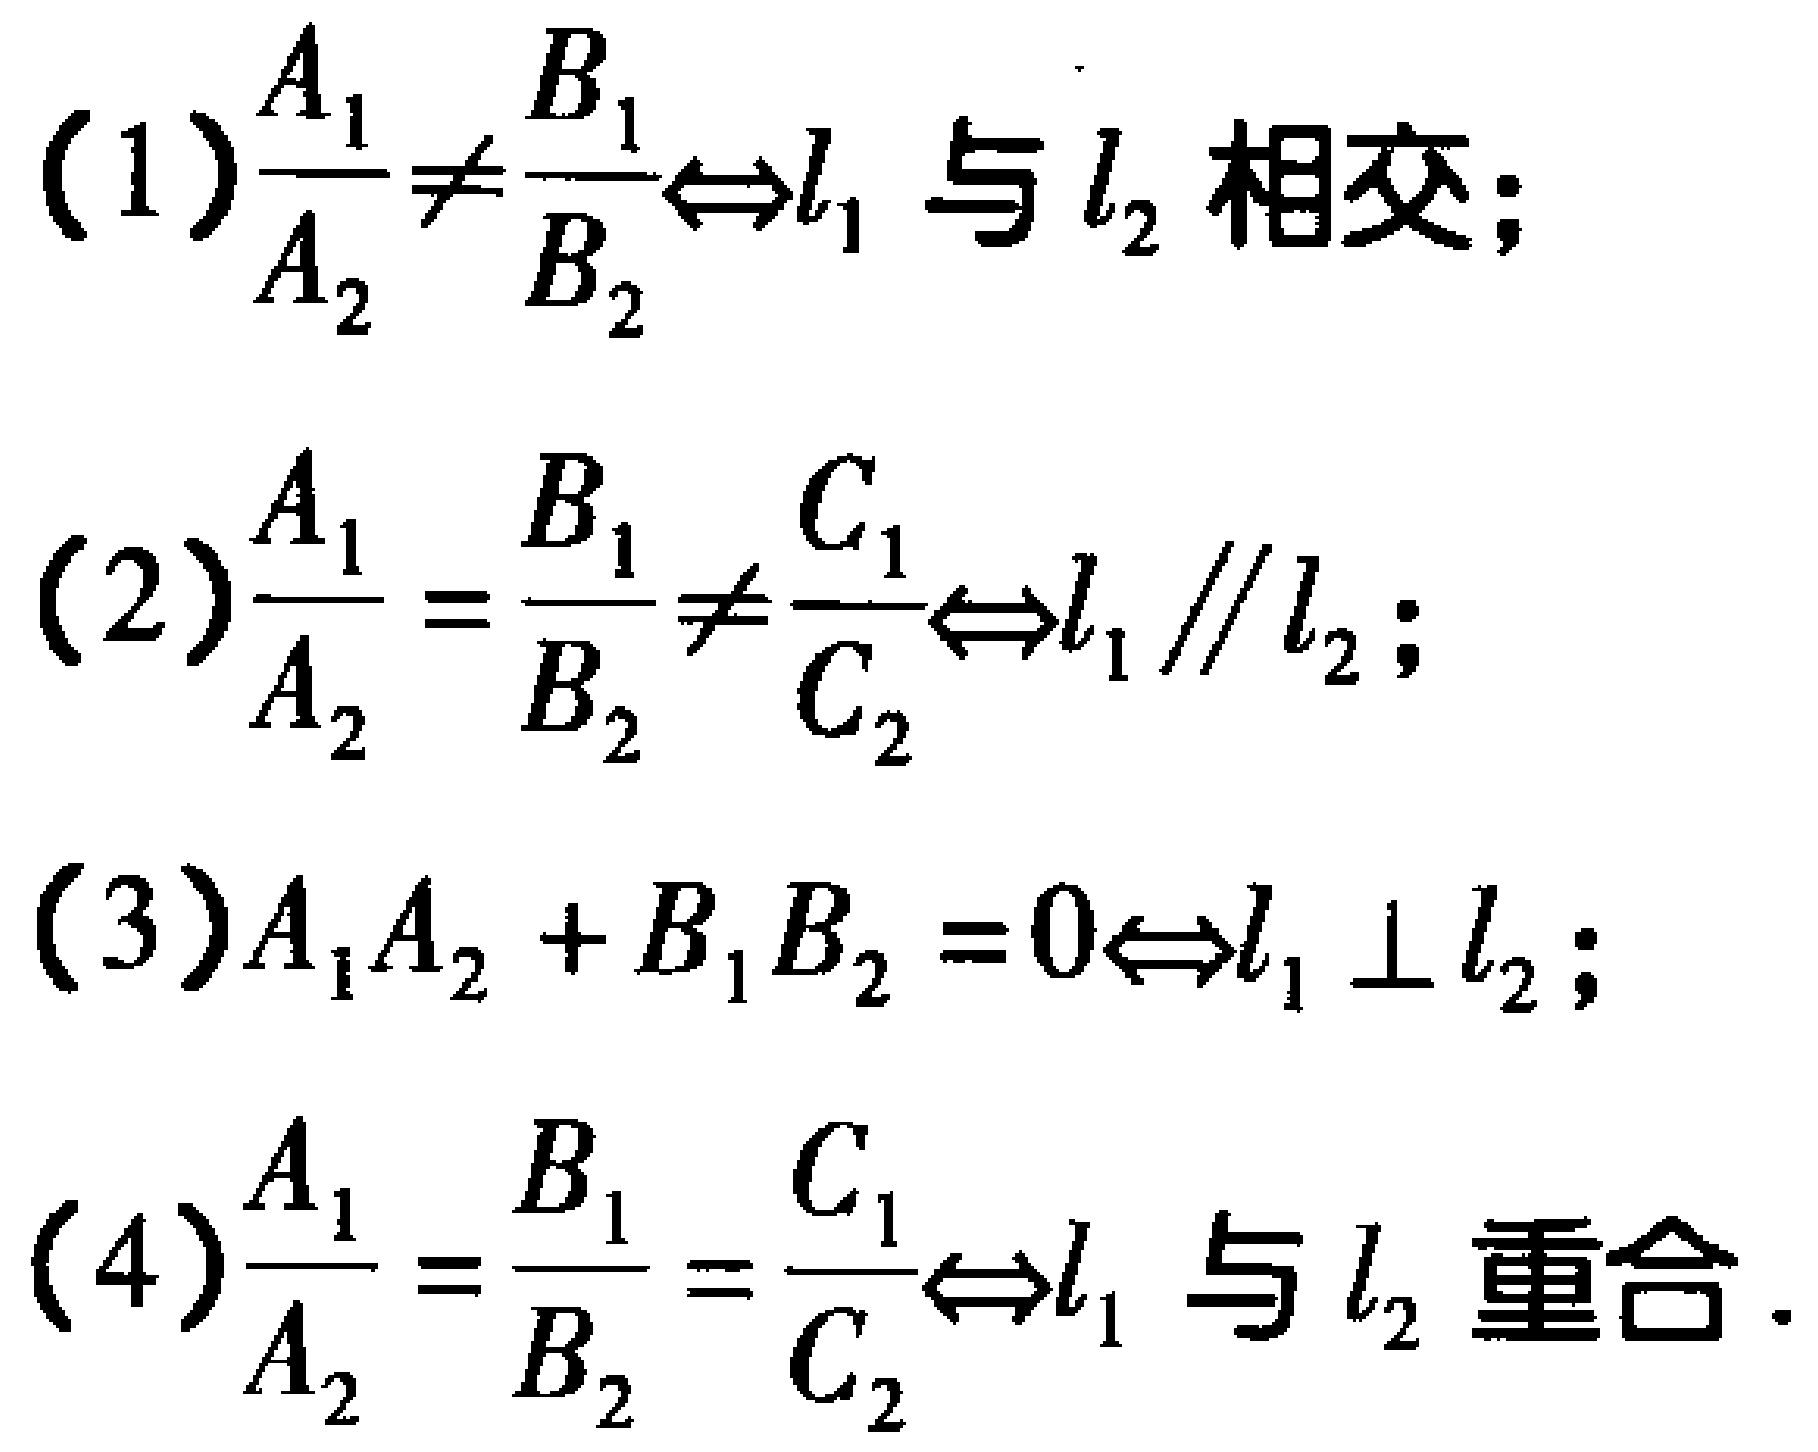
(1)$\frac{A_{1}}{A_{2}}\neq\frac{B_{1}}{B_{2}}\Leftrightarrow l_{1}\text{ 与 }l_{2}\text{ 相交;}$
(2)$\frac{A_{1}}{A_{2}}=\frac{B_{1}}{B_{2}}\neq\frac{C_{1}}{C_{2}}\Leftrightarrow l_{1}\parallel l_{2};$
(3)$A_{1}A_{2}+B_{1}B_{2}=0\Leftrightarrow l_{1}\perp l_{2};$
(4)$\frac{A_{1}}{A_{2}}=\frac{B_{1}}{B_{2}}=\frac{C_{1}}{C_{2}}\Leftrightarrow l_{1}\text{ 与 }l_{2}\text{ 重合}.$